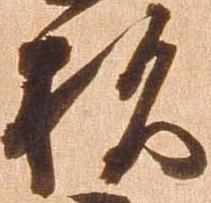
杉